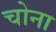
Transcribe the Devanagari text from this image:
चोना